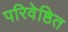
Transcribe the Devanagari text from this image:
परिवेष्ठित